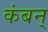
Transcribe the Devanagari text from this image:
कंबन्